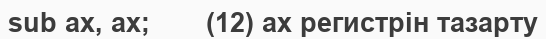
sub ax, ax;       (12) ax регистрін тазарту